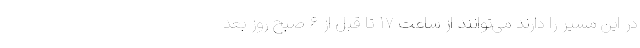
در این مسیر را دارند می‌توانند از ساعت ۱۷ تا قبل از ۶ صبح روز بعد